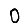
Digit: 0